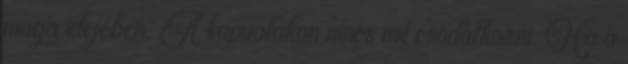
maga idejében. A kapualakon nincs mit csodálkozni. Ha a